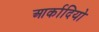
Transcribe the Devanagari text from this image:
आर्कादियो